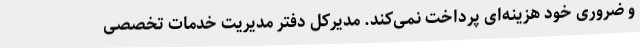
و ضروری خود هزینه‌ای پرداخت نمی‌کند. مدیرکل دفتر مدیریت خدمات تخصصی